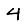
Digit: 4